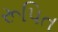
રૂપિત